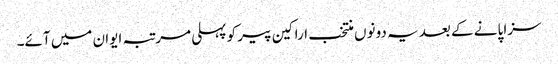
سزا پانے کے بعد یہ دونوں منتخب اراکین پیر کو پہلی مرتبہ ایوان میں آئے۔